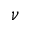
\nu